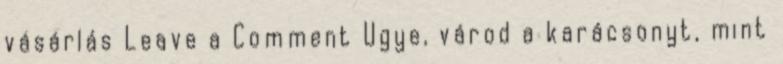
vásárlás Leave a Comment Ugye, várod a karácsonyt, mint